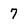
Character: 7